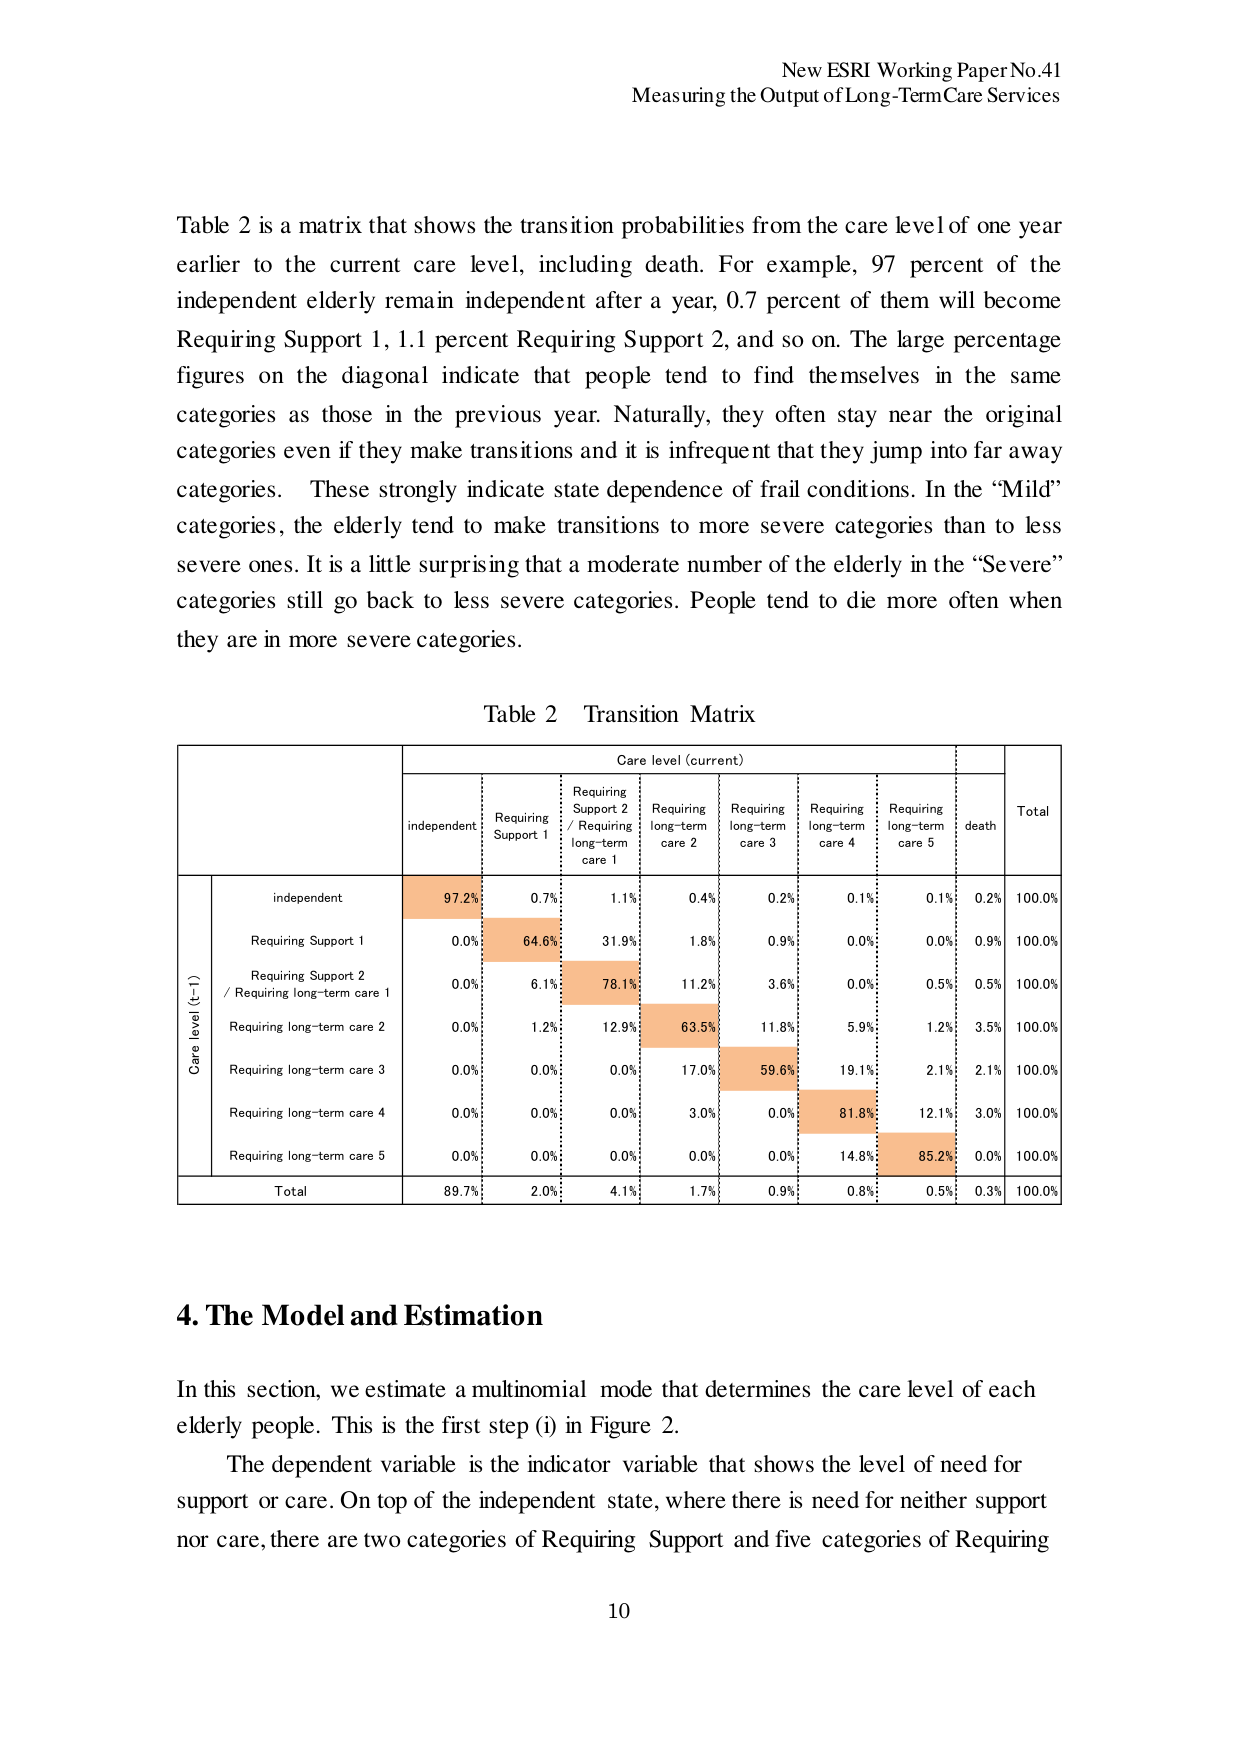
New ESRI Working Paper No.41
Measuring the Output of Long-Term Care Services

Table 2 is a matrix that shows the transition probabilities from the care level of one year earlier to the current care level, including death. For example, 97 percent of the independent elderly remain independent after a year, 0.7 percent of them will become Requiring Support 1, 1.1 percent Requiring Support 2, and so on. The large percentage figures on the diagonal indicate that people tend to find themselves in the same categories as those in the previous year. Naturally, they often stay near the original categories even if they make transitions and it is infrequent that they jump into far away categories. These strongly indicate state dependence of frail conditions. In the “Mild” categories, the elderly tend to make transitions to more severe categories than to less severe ones. It is a little surprising that a moderate number of the elderly in the “Severe” categories still go back to less severe categories. People tend to die more often when they are in more severe categories.

Table 2 Transition Matrix

Care level (current)
independent | Requiring Support 1 | Requiring Support 2 / Requiring long-term care 1 | Requiring long-term care 2 | Requiring long-term care 3 | Requiring long-term care 4 | Requiring long-term care 5 | death | Total
--- | --- | --- | --- | --- | --- | --- | --- | ---
Care level (t-1) | | | | | | | |
independent | 97.2% | 0.7% | 1.1% | 0.4% | 0.2% | 0.1% | 0.1% | 0.2% | 100.0%
Requiring Support 1 | 0.0% | 64.6% | 31.9% | 1.8% | 0.9% | 0.0% | 0.0% | 0.9% | 100.0%
Requiring Support 2 / Requiring long-term care 1 | 0.0% | 6.1% | 78.1% | 11.2% | 3.6% | 0.0% | 0.5% | 0.5% | 100.0%
Requiring long-term care 2 | 0.0% | 1.2% | 12.9% | 63.5% | 11.8% | 5.9% | 1.2% | 3.5% | 100.0%
Requiring long-term care 3 | 0.0% | 0.0% | 0.0% | 17.0% | 59.6% | 19.1% | 2.1% | 2.1% | 100.0%
Requiring long-term care 4 | 0.0% | 0.0% | 0.0% | 3.0% | 0.0% | 81.8% | 12.1% | 3.0% | 100.0%
Requiring long-term care 5 | 0.0% | 0.0% | 0.0% | 0.0% | 0.0% | 14.8% | 85.2% | 0.0% | 100.0%
Total | 89.7% | 2.0% | 4.1% | 1.7% | 0.9% | 0.8% | 0.5% | 0.3% | 100.0%

4. The Model and Estimation

In this section, we estimate a multinomial mode that determines the care level of each elderly people. This is the first step (i) in Figure 2.
The dependent variable is the indicator variable that shows the level of need for support or care. On top of the independent state, where there is need for neither support nor care, there are two categories of Requiring Support and five categories of Requiring

10